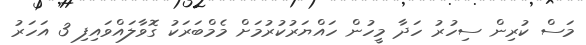
މަސް ކުރިން ސިހުރު ހަދާ މީހުން ހައްޔަރުކުރުމަށް މެމްބަރަކު ގޮވާލައްވައިފި 3 އަހަރު